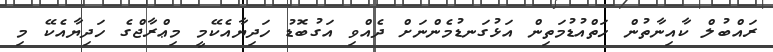
ރައްބުލް ކާއިނާތުން ހަތްއުޑުމަތިން އަޅުގަނޑުމެންނަށް ދެއްވި އަގުބޮޑު ހަދިޔާއެކޭމީ މިޢްރާޖްގެ ހަދިޔާއެކޭ މި